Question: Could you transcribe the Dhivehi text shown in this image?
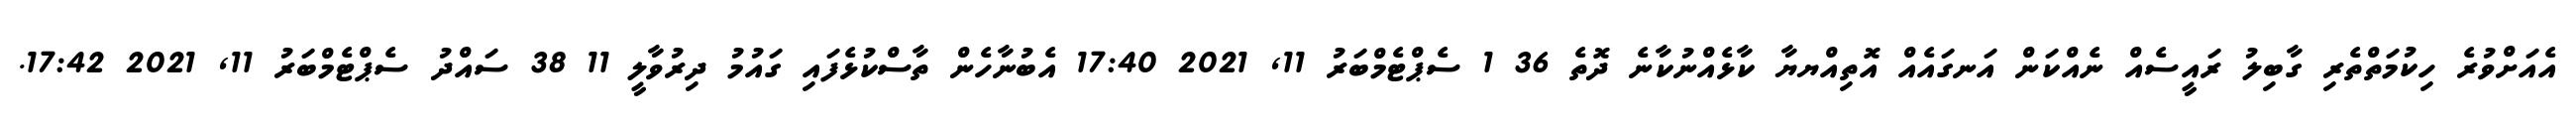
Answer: އެއަށްވުރެ ހިކުމަތްތެރި ގާބިލު ރައީސެއް ނެއްކަން އަނގައެއް އޮތިއްޔޔާ ކާޅެއްނުކާނެ ދޮތެ 36 1 ސެޕްޓެމްބަރު 11, 2021 17:40 އެބުނާހެން ތާސްކުޅެފައި ގައުމު ދިރުވާލީ 11 38 ސައްދު ސެޕްޓެމްބަރު 11, 2021 17:42.